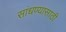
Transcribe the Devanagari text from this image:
सांधण्यासाठी